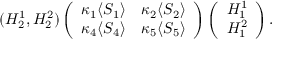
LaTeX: ( H _ { 2 } ^ { 1 } , H _ { 2 } ^ { 2 } ) \left( \begin{array} { c c } { { \kappa _ { 1 } \langle S _ { 1 } \rangle } } & { { \kappa _ { 2 } \langle S _ { 2 } \rangle } } \\ { { \kappa _ { 4 } \langle S _ { 4 } \rangle } } & { { \kappa _ { 5 } \langle S _ { 5 } \rangle } } \end{array} \right) \left( \begin{array} { c } { { H _ { 1 } ^ { 1 } } } \\ { { H _ { 1 } ^ { 2 } } } \end{array} \right) .